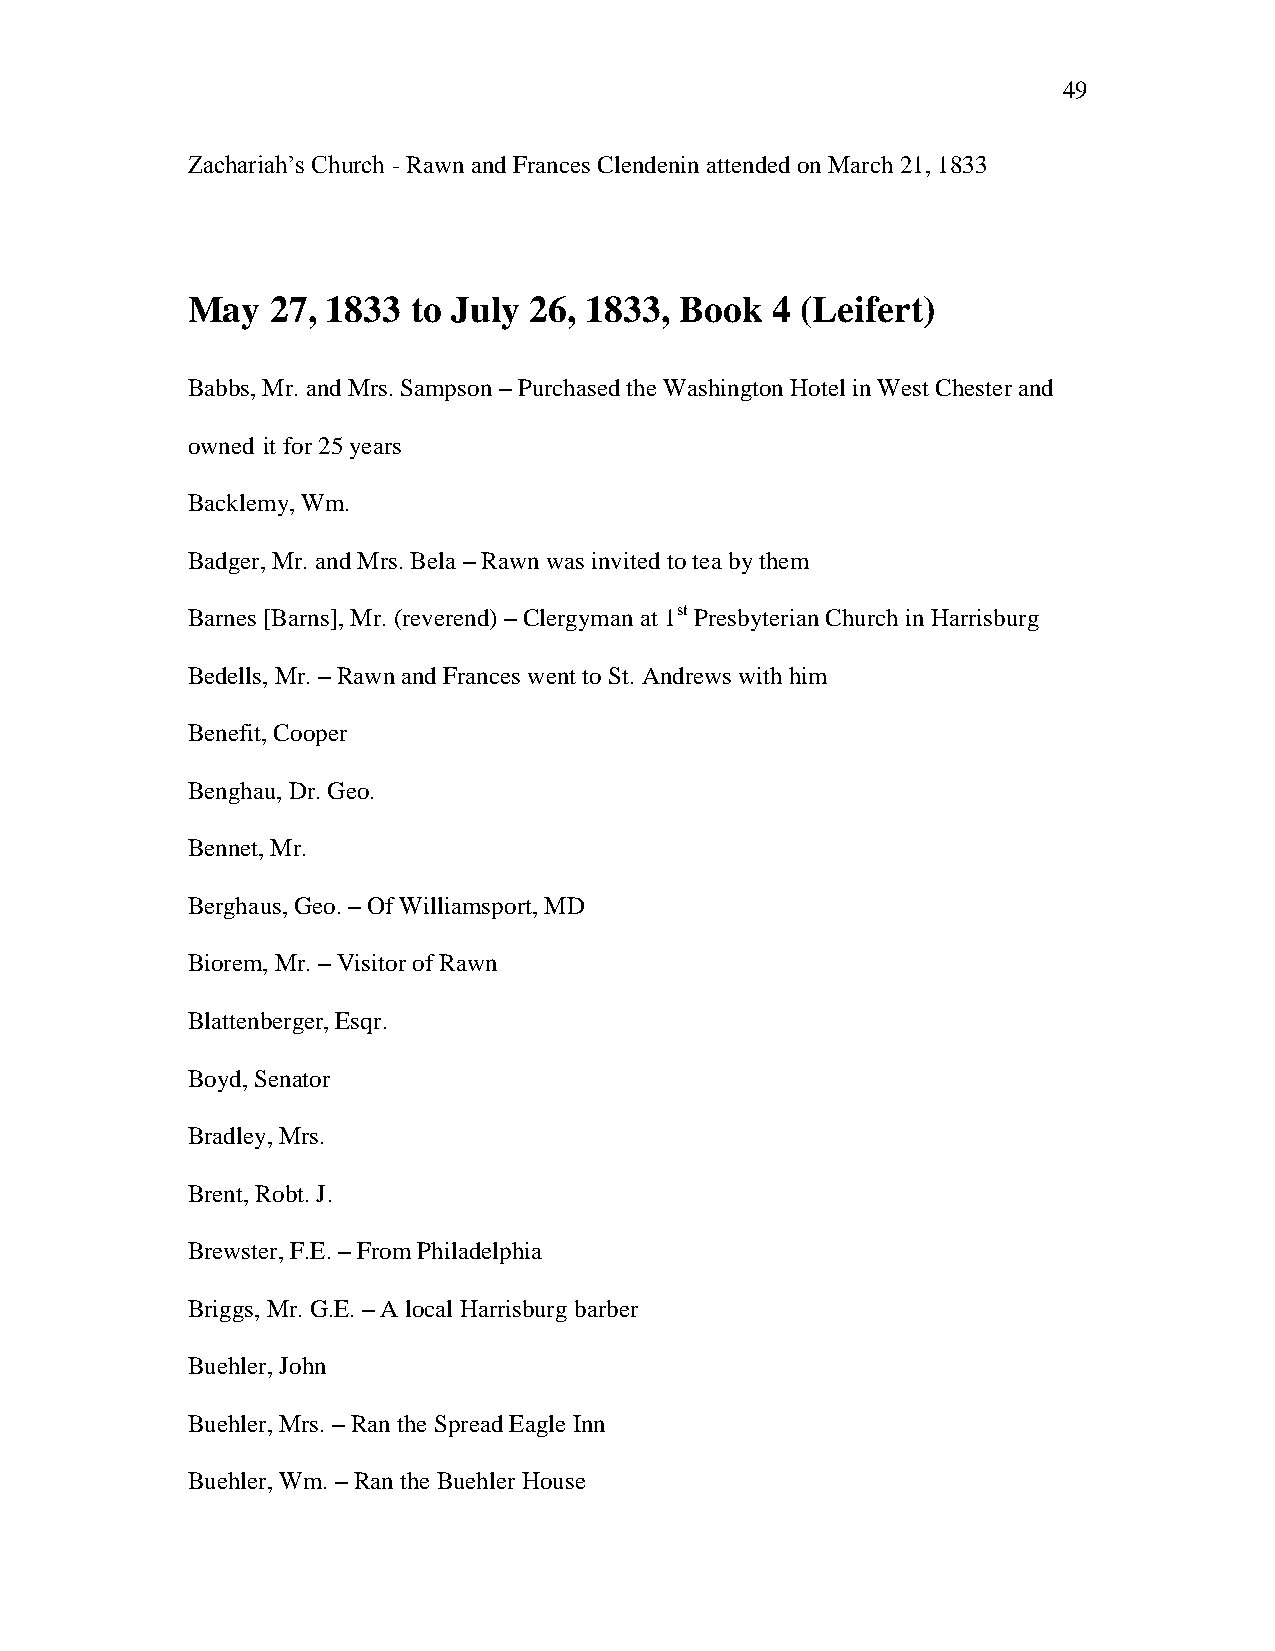
49
 Zachariah‘s Church - Rawn and Frances Clendenin attended on March 21, 1833
 May   27, 1833 to July 26, 1833, Book  4 (Leifert)
 Babbs, Mr. and Mrs. Sampson – Purchased the Washington Hotel in West Chester and
 owned it for 25 years
 Backlemy, Wm.
 Badger, Mr. and Mrs. Bela – Rawn was invited to tea by them
 Barnes [Barns], Mr. (reverend) – Clergyman at 1st Presbyterian Church in Harrisburg
 Bedells, Mr. – Rawn and Frances went to St. Andrews with him
 Benefit, Cooper
 Benghau, Dr. Geo.
 Bennet, Mr.
 Berghaus, Geo. – Of Williamsport, MD
 Biorem, Mr. – Visitor of Rawn
 Blattenberger, Esqr.
 Boyd, Senator
 Bradley, Mrs.
 Brent, Robt. J.
 Brewster, F.E. – From Philadelphia
 Briggs, Mr. G.E. – A local Harrisburg barber
 Buehler, John
 Buehler, Mrs. – Ran the Spread Eagle Inn
 Buehler, Wm. – Ran the Buehler House